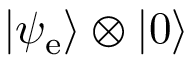
| \psi _ { \mathrm { e } } \rangle \otimes | 0 \rangle